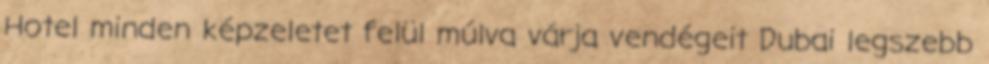
Hotel minden képzeletet felül múlva várja vendégeit Dubai legszebb